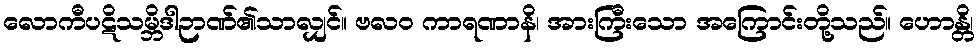
လောကီပဋိသမ္ဘိဒါဉာဏ်၏သာလျှင်။ ဗလဝ ကာရဏာနိ၊ အားကြီးသော အကြောင်းတို့သည်။ ဟောန္တိ၊